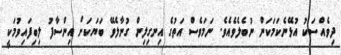
ދިވެއްސަކު އުޅޭނެކަމަކަން ނުބެލެވެއެވެ. ނަމަވެސް އަތުގެ އިނގިލިން ގުނާލެވޭ ބަޔަކަށް އިންސާފު ލިބިފައިވުމަކީ